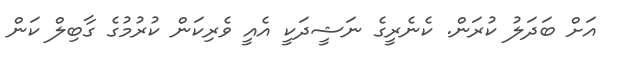
އަށް ބަދަލު ކުރަން. ކެނެރީގެ ނަޝީދަކީ އެއީ ވެރިކަން ކުރުމުގެ ގާބިލް ކަން